Scottish Leaving Certificate Examination, 1960
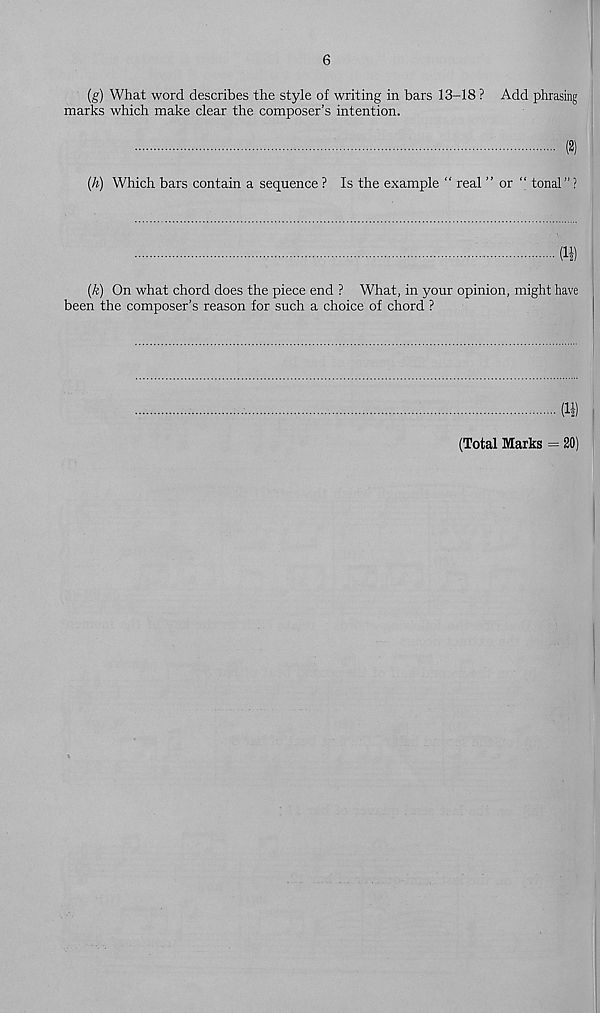
6
(g) What word describes the style of writing in bars 13-18 ? Add phrasing
marks which make clear the composer’s intention.
(2)
(h) Which bars contain a sequence ? Is the example “ real ” or “ tonal" ?
(k) On what chord does the piece end ? What, in your opinion, might have
been the composer’s reason for such a choice of chord ?
(Total Marks = 20)